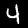
Label: 4